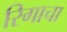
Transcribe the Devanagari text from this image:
रिगाचा